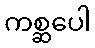
ကစ္ဆပေါ